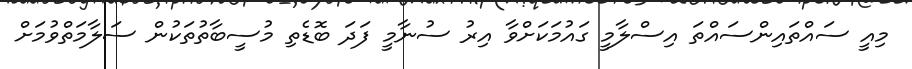
މިއީ ސައްތައިންސައްތަ އިސްލާމީ ގައުމަކަށްވާ އިރު ސުނާމީ ފަދަ ބޮޑެތި މުސީބާތުތަކުން ސަލާމަތްވުމަށް